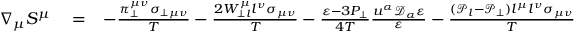
\begin{array} { r l r } { \nabla _ { \mu } S ^ { \mu } } & { { } = } & { - \frac { \pi _ { \perp } ^ { \mu \nu } \sigma _ { \perp \mu \nu } } { T } - \frac { 2 W _ { \perp l } ^ { \mu } l ^ { \nu } \sigma _ { \mu \nu } } { T } - \frac { \varepsilon - 3 P _ { \perp } } { 4 T } \frac { u ^ { \alpha } \mathcal { D } _ { \alpha } \varepsilon } { \varepsilon } - \frac { ( \mathcal { P } _ { l } - \mathcal { P } _ { \perp } ) l ^ { \mu } l ^ { \nu } \sigma _ { \mu \nu } } { T } } \end{array}